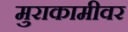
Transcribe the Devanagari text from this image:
मुराकामीवर